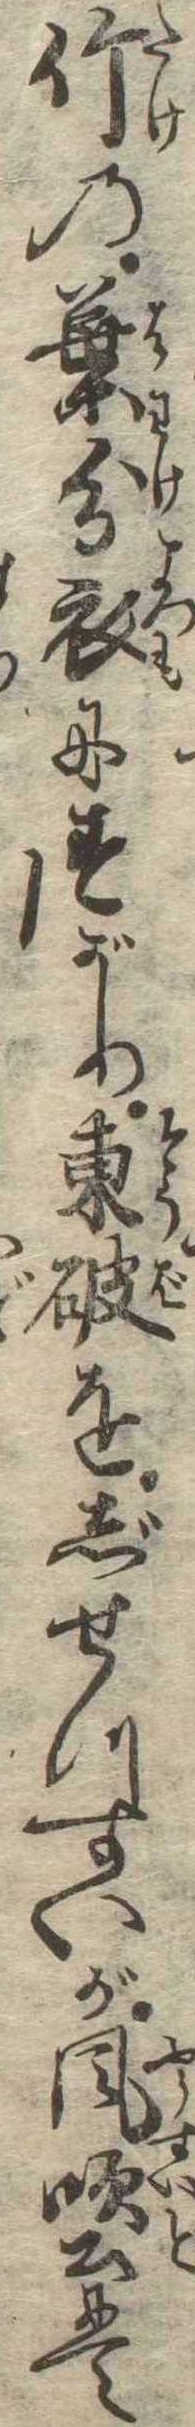
竹の葉分衣にすがり東破をじせつすいが風吹土にて